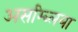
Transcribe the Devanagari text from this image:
असम्ब्लिया